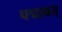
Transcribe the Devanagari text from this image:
पद्मावत्